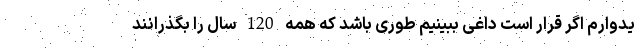
یدوارم اگر قرار است داغی ببینیم طوری باشد که همه 120 سال را بگذرانند